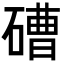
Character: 𥕢